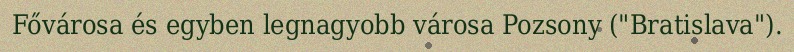
Fővárosa és egyben legnagyobb városa Pozsony ("Bratislava").